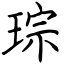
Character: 琮